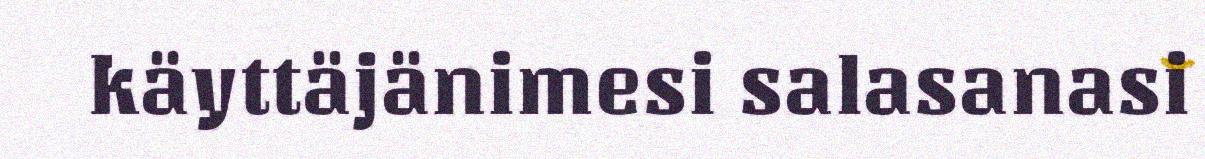
käyttäjänimesi salasanasi